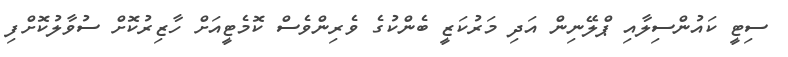
ސިޓީ ކައުންސިލާއި ޕްލޭނިން އަދި މަރުކަޒީ ބެންކުގެ ވެރިންވެސް ކޮމެޓީއަށް ހާޒިރުކޮށް ސުވާލުކޮށްފި